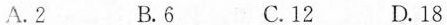
A.2 B.6 C.12 D.18